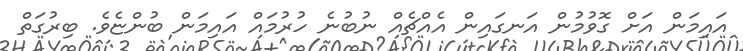
އައިމަން އަށް ގޮވުމުން އަނގައިން އެއްޗެއް ނުބުނެ ހުރުމައް އައިމަން ބުންޏެވެ. ބިރުގަތް